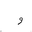
Letter: _waw